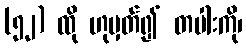
(၅၂) ထို ဟုမှတ်၍ တပါးကို၊